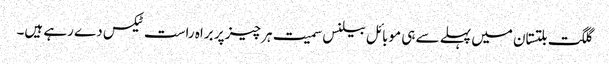
گلگت بلتستان میں پہلے سے ہی موبائل بیلنس سمیت ہر چیز پر براہ راست ٹیکس دے رہے ہیں۔